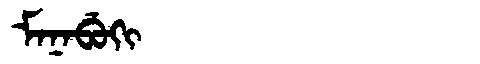
Manchu: ᠮᠠᠨᠠᠪᡠᡴᡳ
Romanization: MANABUKI